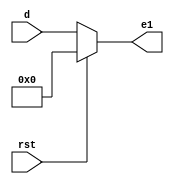
`timescale 1ns / 1ps
//////////////////////////////////////////////////////////////////////////////////
// Company: 
// Engineer: 
// 
// Design Name: 
// Module Name:    dct13 
// Project Name: 
// Target Devices: 
// Tool versions: 
// Description: 
//
// Dependencies: 
//
// Revision: 
// Revision 0.01 - File Created
// Additional Comments: 
//
//////////////////////////////////////////////////////////////////////////////////
module dct13(
input [7:0] d, 
input rst,
output reg [7:0] e1 
);
always@(d,rst)
begin
  if(rst)
  begin 
	e1<=0;
	end
else 
  begin
   e1<=d;
end
end
endmodule